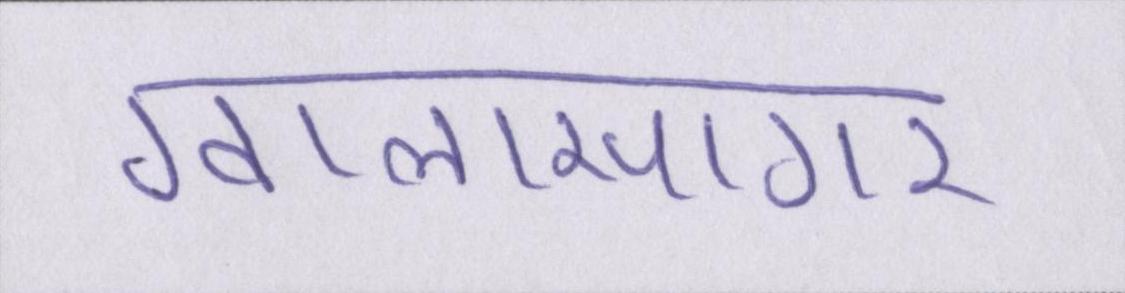
ग्वालासागर